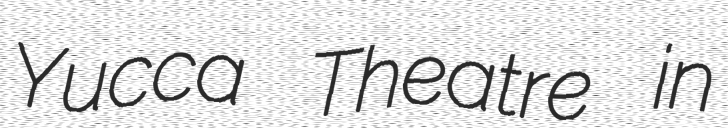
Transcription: Yucca Theatre in